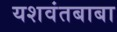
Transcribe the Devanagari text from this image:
यशवंतबाबा